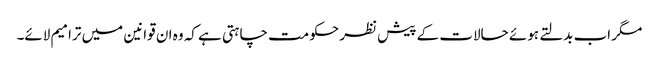
مگر اب بدلتے ہوئے حالات کے پیش نظر حکومت چاہتی ہے کہ وہ ان قوانین میں ترامیم لائے۔